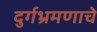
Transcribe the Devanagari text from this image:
दुर्गभ्रमणाचे